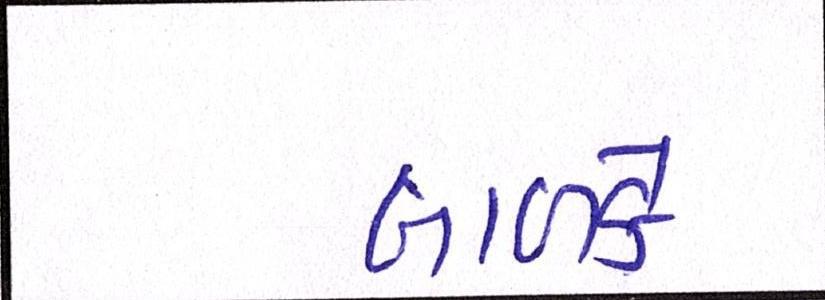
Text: બાળકે